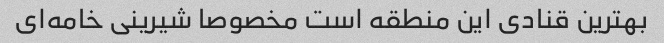
بهترین قنادی این منطقه است مخصوصا شیرینی خامه‌ای